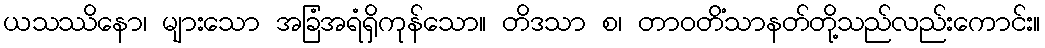
ယသဿိနော၊ များသော အခြံအရံရှိကုန်သော။ တိဒသာ စ၊ တာဝတိံသာနတ်တို့သည်လည်းကောင်း။